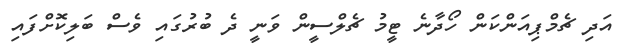
އަދި ޗެމްޕިއަންކަން ހޯދާނެ ޓީމު ޗެލްސީން ވަނީ ދެ ބުރުގައި ވެސް ބަލިކޮށްފައި